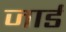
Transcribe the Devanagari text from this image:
जार्ड